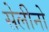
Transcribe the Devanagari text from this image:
सेलीनो